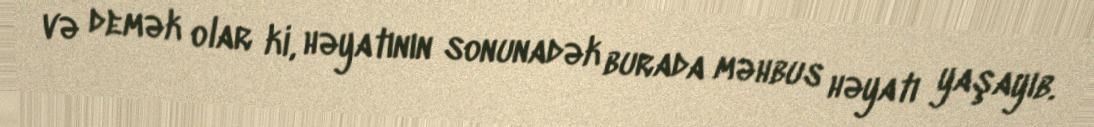
və demək olar ki, həyatının sonunadək burada məhbus həyatı yaşayıb.